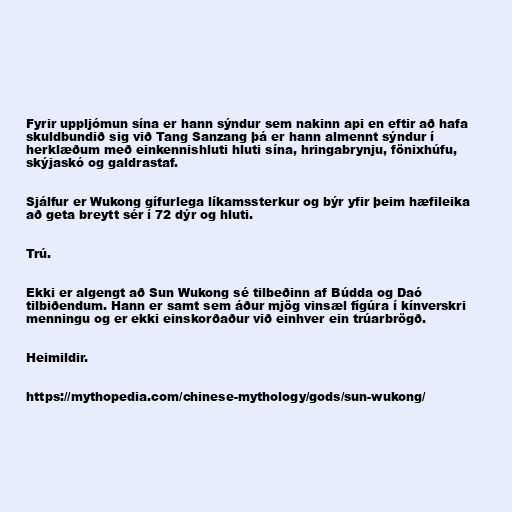
Fyrir uppljómun sína er hann sýndur sem nakinn api en eftir að hafa
skuldbundið sig við Tang Sanzang þá er hann almennt sýndur í
herklæðum með einkennishluti hluti sína, hringabrynju, fönixhúfu,
skýjaskó og galdrastaf.

Sjálfur er Wukong gífurlega líkamssterkur og býr yfir þeim hæfileika
að geta breytt sér í 72 dýr og hluti.

Trú.

Ekki er algengt að Sun Wukong sé tilbeðinn af Búdda og Daó
tilbiðendum. Hann er samt sem áður mjög vinsæl fígúra í kínverskri
menningu og er ekki einskorðaður við einhver ein trúarbrögð.

Heimildir.

https://mythopedia.com/chinese-mythology/gods/sun-wukong/